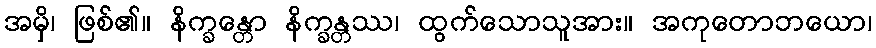
အမှိ၊ ဖြစ်၏။ နိက္ခန္တော နိက္ခန္တဿ၊ ထွက်သောသူအား။ အကုတောဘယော၊